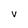
Character: V